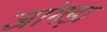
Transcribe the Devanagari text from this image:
जांगड़ा